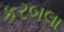
કરબલા